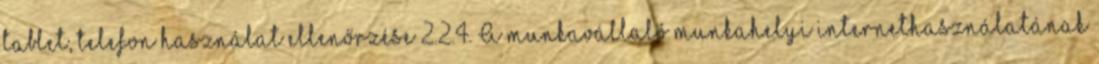
tablet, telefon használat ellenőrzése 2.2.4. A munkavállaló munkahelyi internethasználatának